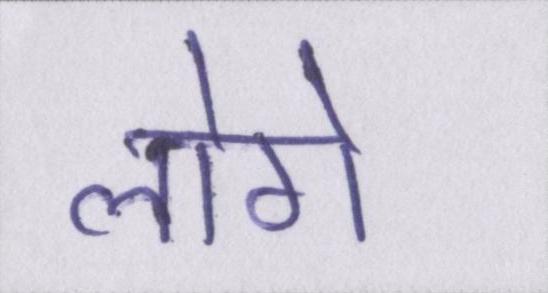
लोगे